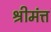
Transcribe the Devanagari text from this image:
श्रीमंत्त